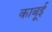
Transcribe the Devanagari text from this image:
काबूई